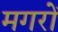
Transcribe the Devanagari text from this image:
मगरों